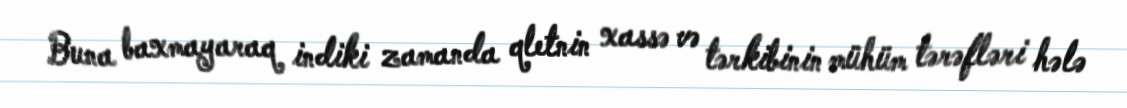
Buna baxmayaraq indiki zamanda qletnin xassə və tərkibinin mühüm tərəfləri hələ